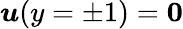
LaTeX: \boldsymbol{u}(y=\pm 1)=\boldsymbol{0}